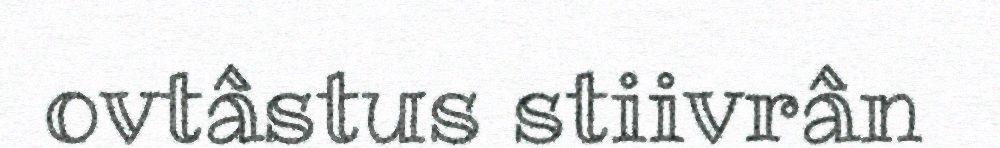
ovtâstus stiivrân